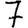
Digit: 7